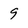
Character: 9